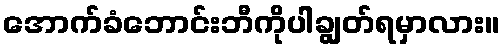
အောက်ခံဘောင်းဘီကိုပါချွတ်ရမှာလား။